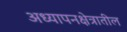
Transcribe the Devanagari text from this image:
अध्यापनक्षेत्रातील